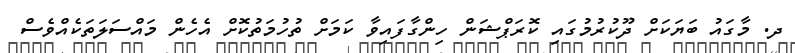
ދ. މާގައު ބަޔަކަށް ދޫކުުރުމުގައި ކޮރަޕްޝަން ހިންގާފައިވާ ކަމަށް ތުހުމަތުކޮށް އެހެން މައްސަލަތަކެއްވެސް